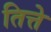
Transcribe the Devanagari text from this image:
तित्ते